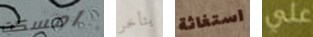
امسكت يتأخر استغاثة علي